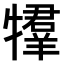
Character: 𤛰